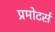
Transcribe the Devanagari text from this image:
प्रमोटर्स